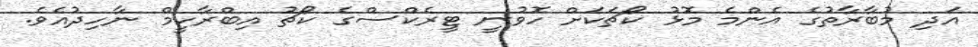
އަދި މުބާރާތުގެ އެންމެ މޮޅު ކޯޗަކަށް ހޮވުނީ ޓީރެކްސްގެ ކޯޗު އިބްރާހީމް ނާހިދުއެވެ.